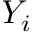
Y _ { i }